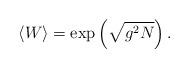
LaTeX: \begin{align*}\langle W \rangle = \exp \left( \sqrt{g^2 N} \right) .\end{align*}